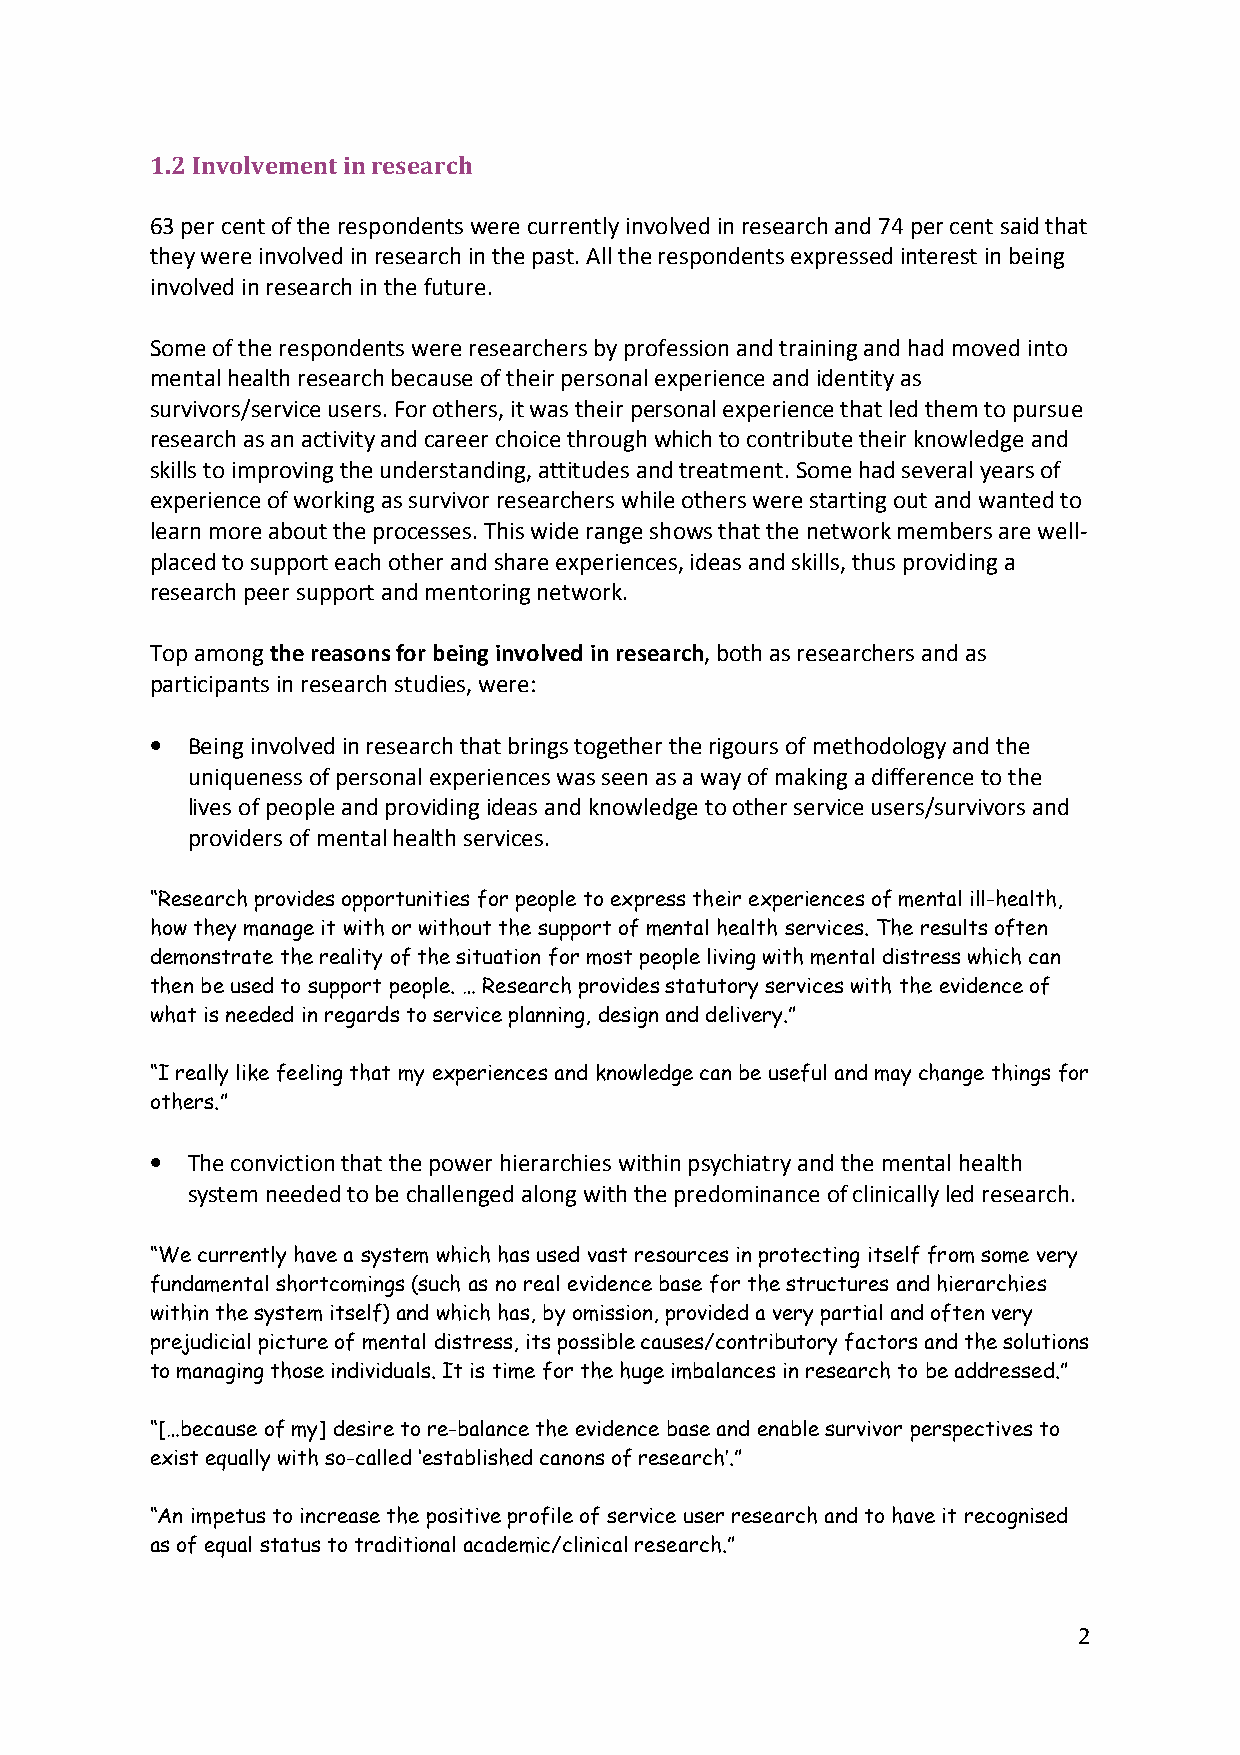
1.2 Involvement in research
 63 per cent of the respondents were currently involved in research and 74 per cent said that
 they were involved in research in the past. All the respondents expressed interest in being
 involved in research in the future.
 Some of the respondents were researchers by profession and training and had moved into
 mental health research because of their personal experience and identity as
 survivors/service users. For others, it was their personal experience that led them to pursue
 research as an activity and career choice through which to contribute their knowledge and
 skills to improving the understanding, attitudes and treatment. Some had several years of
 experience of working as survivor researchers while others were starting out and wanted to
 learn more about the processes. This wide range shows that the network members are well-
 placed to support each other and share experiences, ideas and skills, thus providing a
 research peer support and mentoring network.
 Top among the reasons for being involved in research, both as researchers and as
 participants in research studies, were:
 • Being involved in research that brings together the rigours of methodology and the
 uniqueness of personal experiences was seen as a way of making a difference to the
 lives of people and providing ideas and knowledge to other service users/survivors and
 providers of mental health services.
 “Research provides opportunities for people to express their experiences of mental ill-health,
 how they manage it with or without the support of mental health services. The results often
 demonstrate the reality of the situation for most people living with mental distress which can
 then be used to support people. … Research provides statutory services with the evidence of
 what is needed in regards to service planning, design and delivery.”
 “I really like feeling that my experiences and knowledge can be useful and may change things for
 others.”
 • The conviction that the power hierarchies within psychiatry and the mental health
 system needed to be challenged along with the predominance of clinically led research.
 “We currently have a system which has used vast resources in protecting itself from some very
 fundamental shortcomings (such as no real evidence base for the structures and hierarchies
 within the system itself) and which has, by omission, provided a very partial and often very
 prejudicial picture of mental distress, its possible causes/contributory factors and the solutions
 to managing those individuals. It is time for the huge imbalances in research to be addressed.”
 “[…because of my] desire to re-balance the evidence base and enable survivor perspectives to
 exist equally with so-called ‘established canons of research’.”
 “An impetus to increase the positive profile of service user research and to have it recognised
 as of equal status to traditional academic/clinical research.”
 2